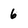
Character: 6